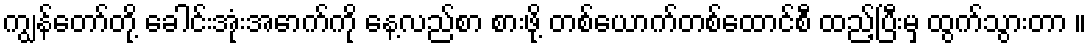
ကျွန်တော်တို့ ခေါင်းအုံးအောက်ကို နေ့လည်စာ စားဖို့ တစ်ယောက်တစ်ထောင်စီ ထည့်ပြီးမှ ထွက်သွားတာ ။